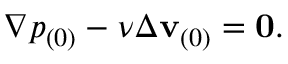
\nabla p _ { ( 0 ) } - \nu \Delta \mathbf { v } _ { ( 0 ) } = \mathbf { 0 } .